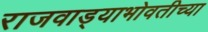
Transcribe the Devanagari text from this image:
राजवाड्याभोवतीच्या